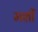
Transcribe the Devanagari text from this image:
मशीं